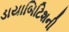
ડાયાબિટિશની